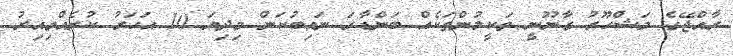
ރާއްޖޭގެ މަޝްހޫރު ގާނޫނީ ވަކީލުންތަކެއް ބަންޑާރަ ނައިބުކަން މިދިޔަ 10 އަހަރު ކުރެއްވިއިރު